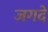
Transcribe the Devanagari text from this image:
जगदे